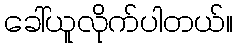
ခေါ်ယူလိုက်ပါတယ်။